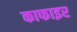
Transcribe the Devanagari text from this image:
काफाइर